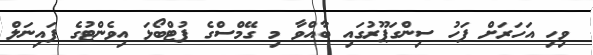
ވިހި އަހަރަށް ފަހު ސިންގަޕޫރުގައި ބާއްވާ މި ގޭމްސްގެ ފުޓްބޯޅަ އިވެންޓުގެ ފައިނަލް